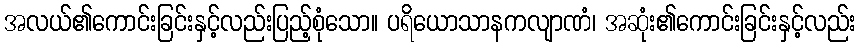
အလယ်၏ကောင်းခြင်းနှင့်လည်းပြည့်စုံသော။ ပရိယောသာနကလျာဏံ၊ အဆုံး၏ကောင်းခြင်းနှင့်လည်း